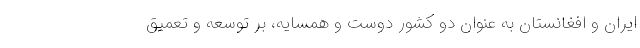
ایران و افغانستان به عنوان دو کشور دوست و همسایه، بر توسعه و تعمیق